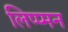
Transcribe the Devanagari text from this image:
लिप्प्मन